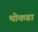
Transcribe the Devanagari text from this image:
थोकडा